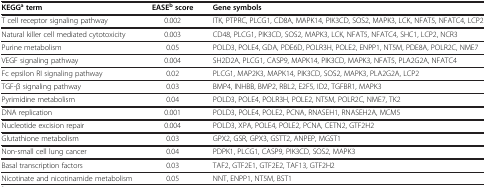
<table><thead><tr><td><b>KEGG<sup>a</sup> term</b></td><td><b>EASE<sup>b</sup> score</b></td><td><b>Gene symbols</b></td></tr></thead><tbody><tr><td>T cell receptor signaling pathway</td><td>0.002</td><td>ITK, PTPRC, PLCG1, CD8A, MAPK14, PIK3CD, SOS2, MAPK3, LCK, NFAT5, NFATC4, LCP2</td></tr><tr><td>Natural killer cell mediated cytotoxicity</td><td>0.003</td><td>CD48, PLCG1, PIK3CD, SOS2, MAPK3, LCK, NFAT5, NFATC4, SHC1, LCP2, NCR3</td></tr><tr><td>Purine metabolism</td><td>0.05</td><td>POLD3, POLE4, GDA, PDE6D, POLR3H, POLE2, ENPP1, NT5M, PDE8A, POLR2C, NME7</td></tr><tr><td>VEGF signaling pathway</td><td>0.004</td><td>SH2D2A, PLCG1, CASP9, MAPK14, PIK3CD, MAPK3, NFAT5, PLA2G2A, NFATC4</td></tr><tr><td>Fc epsilon RI signaling pathway</td><td>0.02</td><td>PLCG1, MAP2K3, MAPK14, PIK3CD, SOS2, MAPK3, PLA2G2A, LCP2</td></tr><tr><td>TGF-β signaling pathway</td><td>0.03</td><td>BMP4, INHBB, BMP2, RBL2, E2F5, ID2, TGFBR1, MAPK3</td></tr><tr><td>Pyrimidine metabolism</td><td>0.04</td><td>POLD3, POLE4, POLR3H, POLE2, NT5M, POLR2C, NME7, TK2</td></tr><tr><td>DNA replication</td><td>0.001</td><td>POLD3, POLE4, POLE2, PCNA, RNASEH1, RNASEH2A, MCM5</td></tr><tr><td>Nucleotide excision repair</td><td>0.004</td><td>POLD3, XPA, POLE4, POLE2, PCNA, CETN2, GTF2H2</td></tr><tr><td>Glutathione metabolism</td><td>0.03</td><td>GPX2, GSR, GPX3, GSTT2, ANPEP, MGST1</td></tr><tr><td>Non-small cell lung cancer</td><td>0.04</td><td>PDPK1, PLCG1, CASP9, PIK3CD, SOS2, MAPK3</td></tr><tr><td>Basal transcription factors</td><td>0.03</td><td>TAF2, GTF2E1, GTF2E2, TAF13, GTF2H2</td></tr><tr><td>Nicotinate and nicotinamide metabolism</td><td>0.05</td><td>NNT, ENPP1, NT5M, BST1</td></tr></tbody></table>